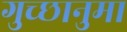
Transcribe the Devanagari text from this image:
गुच्छानुमा